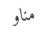
مناو